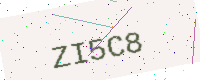
Text: ZI5C8